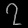
Digit: ၇